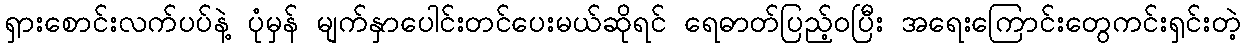
ရှားစောင်းလက်ပပ်နဲ့ ပုံမှန် မျက်နှာပေါင်းတင်ပေးမယ်ဆိုရင် ရေဓာတ်ပြည့်ဝပြီး အရေးကြောင်းတွေကင်းရှင်းတဲ့